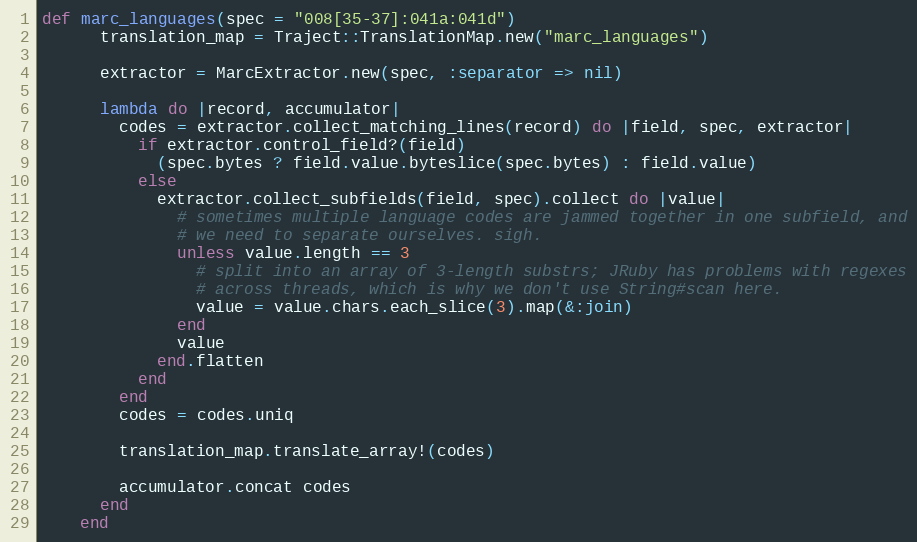
Language: Ruby
def marc_languages(spec = "008[35-37]:041a:041d")
      translation_map = Traject::TranslationMap.new("marc_languages")

      extractor = MarcExtractor.new(spec, :separator => nil)

      lambda do |record, accumulator|
        codes = extractor.collect_matching_lines(record) do |field, spec, extractor|
          if extractor.control_field?(field)
            (spec.bytes ? field.value.byteslice(spec.bytes) : field.value)
          else
            extractor.collect_subfields(field, spec).collect do |value|
              # sometimes multiple language codes are jammed together in one subfield, and
              # we need to separate ourselves. sigh.
              unless value.length == 3
                # split into an array of 3-length substrs; JRuby has problems with regexes
                # across threads, which is why we don't use String#scan here.
                value = value.chars.each_slice(3).map(&:join)
              end
              value
            end.flatten
          end
        end
        codes = codes.uniq

        translation_map.translate_array!(codes)

        accumulator.concat codes
      end
    end